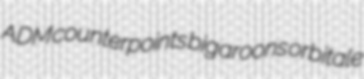
ADM counterpoints bigaroons orbitale